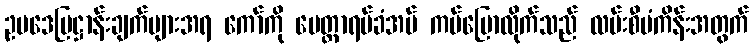
ဥပဒေပြဋ္ဌာန်းချက်များအရ ကော်ကို မေတ္တာရပ်ခံအပ် ကပ်ပြောလိုက်သည် လမ်းစီမံကိန်းအတွက်